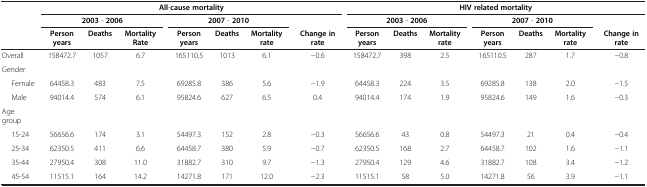
<table><thead><tr><td><b> </b></td><td colspan="7"><b>All-cause mortality</b></td><td colspan="7"><b>HIV related mortality</b></td></tr><tr><td><b> </b></td><td colspan="3"><b>2003 - 2006</b></td><td colspan="3"><b>2007 - 2010</b></td><td><b> </b></td><td colspan="3"><b>2003 - 2006</b></td><td colspan="3"><b>2007 - 2010</b></td><td><b> </b></td></tr><tr><td><b> </b></td><td><b>Person years</b></td><td><b>Deaths</b></td><td><b>Mortality Rate</b></td><td><b>Person years</b></td><td><b>Deaths</b></td><td><b>Mortality rate</b></td><td><b>Change in rate</b></td><td><b>Person years</b></td><td><b>Deaths</b></td><td><b>Mortality rate</b></td><td><b>Person years</b></td><td><b>Deaths</b></td><td><b>Mortality rate</b></td><td><b>Change in rate</b></td></tr></thead><tbody><tr><td>Overall</td><td>158472.7</td><td>1057</td><td>6.7</td><td>165110.5</td><td>1013</td><td>6.1</td><td>−0.6</td><td>158472.7</td><td>398</td><td>2.5</td><td>165110.5</td><td>287</td><td>1.7</td><td>−0.8</td></tr><tr><td>Gender</td><td> </td><td> </td><td> </td><td> </td><td> </td><td> </td><td> </td><td> </td><td> </td><td> </td><td> </td><td> </td><td> </td><td> </td></tr><tr><td>Female</td><td>64458.3</td><td>483</td><td>7.5</td><td>69285.8</td><td>386</td><td>5.6</td><td>−1.9</td><td>64458.3</td><td>224</td><td>3.5</td><td>69285.8</td><td>138</td><td>2.0</td><td>−1.5</td></tr><tr><td>Male</td><td>94014.4</td><td>574</td><td>6.1</td><td>95824.6</td><td>627</td><td>6.5</td><td>0.4</td><td>94014.4</td><td>174</td><td>1.9</td><td>95824.6</td><td>149</td><td>1.6</td><td>−0.3</td></tr><tr><td>Age group</td><td> </td><td> </td><td> </td><td> </td><td> </td><td> </td><td> </td><td> </td><td> </td><td> </td><td> </td><td> </td><td> </td><td> </td></tr><tr><td>15-24</td><td>56656.6</td><td>174</td><td>3.1</td><td>54497.3</td><td>152</td><td>2.8</td><td>−0.3</td><td>56656.6</td><td>43</td><td>0.8</td><td>54497.3</td><td>21</td><td>0.4</td><td>−0.4</td></tr><tr><td>25-34</td><td>62350.5</td><td>411</td><td>6.6</td><td>64458.7</td><td>380</td><td>5.9</td><td>−0.7</td><td>62350.5</td><td>168</td><td>2.7</td><td>64458.7</td><td>102</td><td>1.6</td><td>−1.1</td></tr><tr><td>35-44</td><td>27950.4</td><td>308</td><td>11.0</td><td>31882.7</td><td>310</td><td>9.7</td><td>−1.3</td><td>27950.4</td><td>129</td><td>4.6</td><td>31882.7</td><td>108</td><td>3.4</td><td>−1.2</td></tr><tr><td>45-54</td><td>11515.1</td><td>164</td><td>14.2</td><td>14271.8</td><td>171</td><td>12.0</td><td>−2.3</td><td>11515.1</td><td>58</td><td>5.0</td><td>14271.8</td><td>56</td><td>3.9</td><td>−1.1</td></tr></tbody></table>